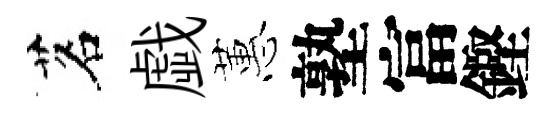
茗戯蕙塾富鏗